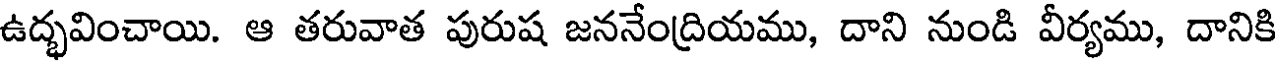
ఉద్భవించాయి. ఆ తరువాత పురుష జననేంద్రియము, దాని నుండి వీర్యము, దానికి